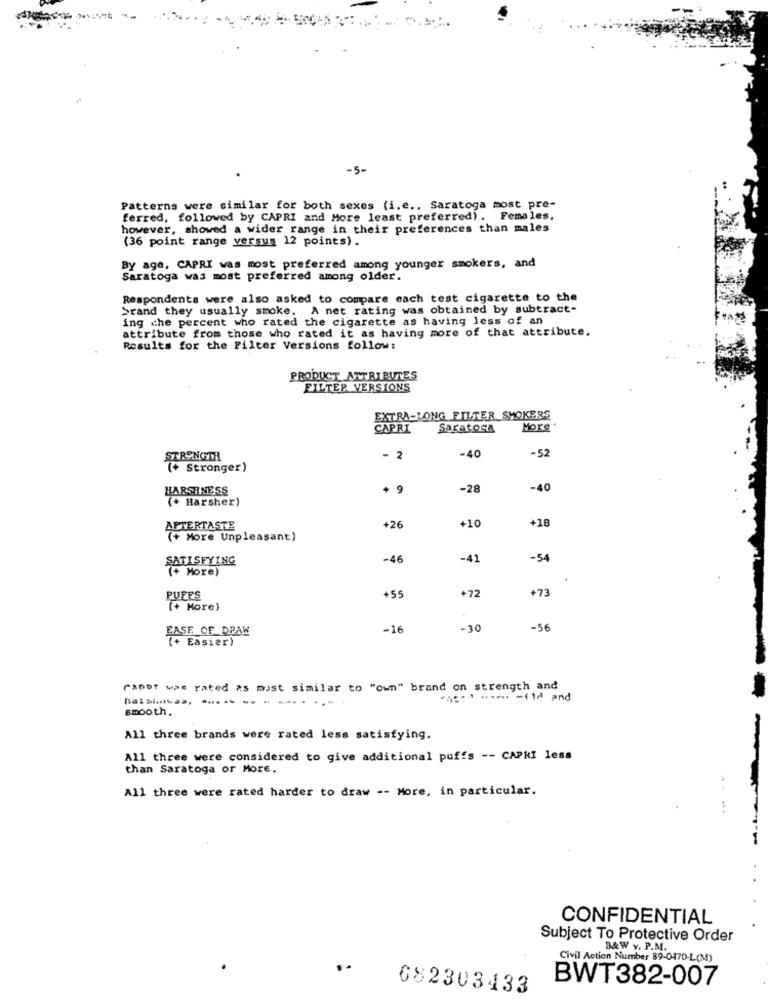
-5-
Patterns were similar for both sexes (i.e .. Saratoga most pre-
ferred, followed by CAPRI and More least preferred). Females.
however, showed a wider range in their preferences than males
(36 point range versus 12 points).
By age, CAPRI was most preferred among younger smokers, and
Saratoga was most preferred among older.
Respondents were also asked to compare each test cigarette to the
brand they usually smoke. A net rating was obtained by subtract-
ing che percent who rated the cigarette as having less of an
attribute from those who rated it as having more of that attribute.
Results for the Filter Versions follow:
PRODUCT ATTRIBUTES
FILTER VERSIONS
EXTRA-JONG FILTER SMOKERS
CAPRI
Saratoga
More"
-52
STRENGTH
2
-40
(+ Stronger)
HARSHNESS
-28
-40
(+ Harsher)
+10
+18
AFTERTASTE
+26
(+ More Unpleasant)
SATISFYING
-46
-41
-54
(+ More)
+55
+72
+73
PUFFS
(+ More)
EASE OF DRAW
-16
-30
-56
(+ Easier)
CADET was rated as most similar to "own" brand on strength and
--- ---- - ild and
smooth.
All three brands were rated less satisfying.
All three were considered to give additional puffs -- CAPRI less
than Saratoga or More.
All three were rated harder to draw -- More, in particular.
CONFIDENTIAL
Subject To Protective Order
B&W v. P.M.
Civil Action Number 89-0470-L(M)
BWT382-007
682303433